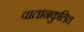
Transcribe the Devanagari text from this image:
वातानकुलित